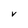
Character: V